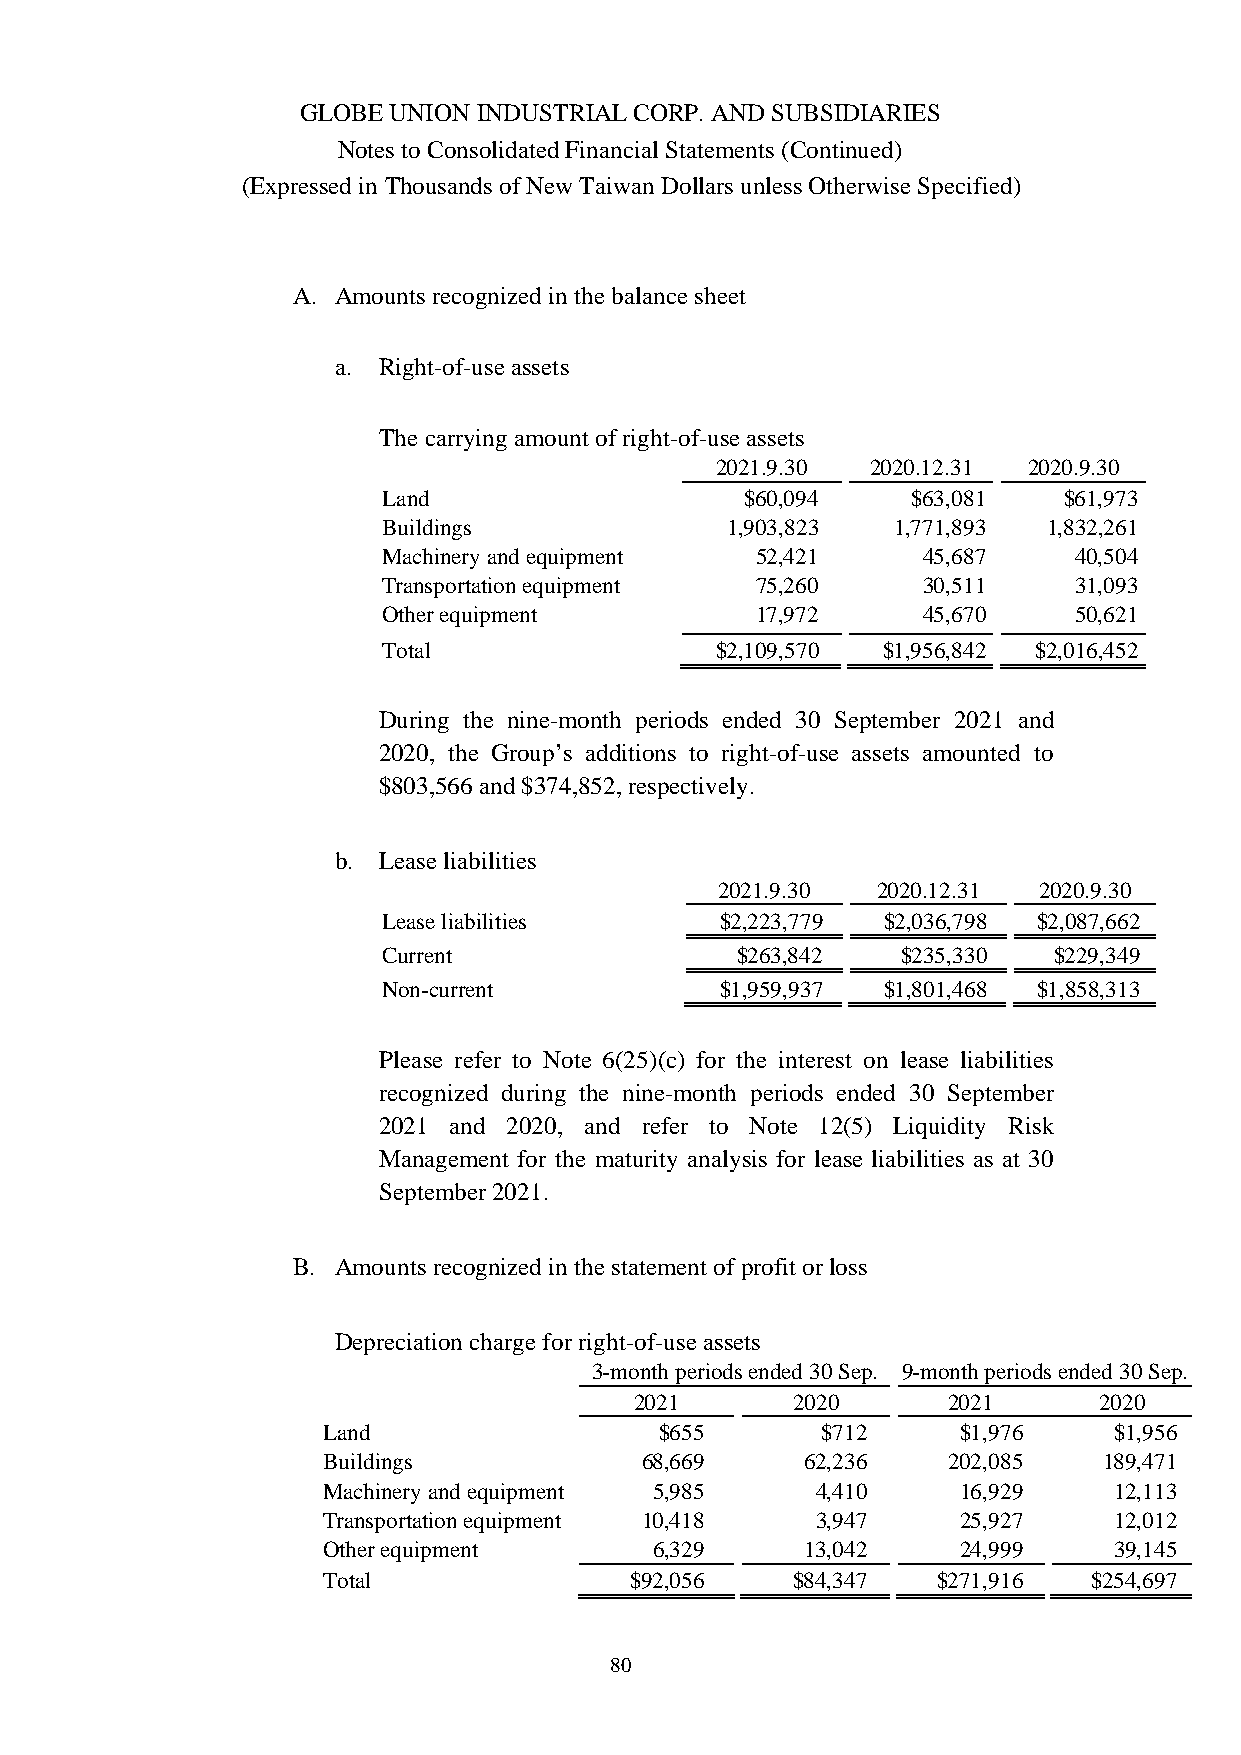
GLOBE UNION INDUSTRIAL CORP. AND SUBSIDIARIES
 Notes to Consolidated Financial Statements (Continued)
 (Expressed in Thousands of New Taiwan Dollars unless Otherwise Specified)
 A. Amounts recognized in the balance sheet
 a. Right-of-use assets
 The carrying amount of right-of-use assets
 2021.9.30  2020.12.31 2020.9.30
 Land                    $60,094    $63,081   $61,973
 Buildings              1,903,823  1,771,893 1,832,261
 Machinery and equipment  52,421     45,687    40,504
 Transportation equipment 75,260     30,511    31,093
 Other equipment          17,972     45,670    50,621
 Total                 $2,109,570 $1,956,842 $2,016,452
 During the nine-month periods ended 30 September 2021 and
 2020, the Group’s additions to right-of-use assets amounted to
 $803,566 and $374,852, respectively.
 b. Lease liabilities
 2021.9.30 2020.12.31 2020.9.30
 Lease liabilities      $2,223,779 $2,036,798 $2,087,662
 Current                 $263,842   $235,330  $229,349
 Non-current            $1,959,937 $1,801,468 $1,858,313
 Please refer to Note 6(25)(c) for the interest on lease liabilities
 recognized during the nine-month periods ended 30 September
 2021 and 2020, and refer to Note 12(5) Liquidity Risk
 Management for the maturity analysis for lease liabilities as at 30
 September 2021.
 B. Amounts recognized in the statement of profit or loss
 Depreciation charge for right-of-use assets
 3-month periods ended 30 Sep. 9-month periods ended 30 Sep.
 2021      2020       2021      2020
 Land                   $655      $712     $1,976     $1,956
 Buildings            68,669     62,236    202,085   189,471
 Machinery and equipment 5,985    4,410    16,929     12,113
 Transportation equipment 10,418  3,947    25,927     12,012
 Other equipment       6,329     13,042    24,999     39,145
 Total                $92,056   $84,347   $271,916  $254,697
 80